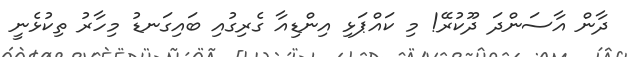
ދާން އާސަންދަ ދޫކުރޭ! މި ކައްޕަޅި އިންޑިއާ ގެރިގުއި ބައިގަނޑު މިހާރު ތިކުޅެނީ